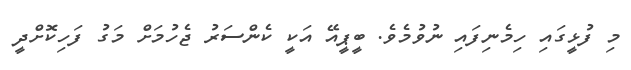
މި ފުޅީގައި ހިމެނިފައި ނުވުމެވެ. ބީޕީއޭ އަކީ ކެންސަރު ޖެހުމަށް މަގު ފަހިކޮށްދީ